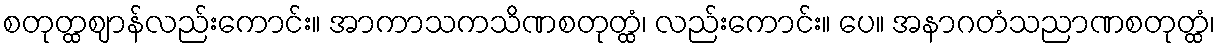
စတုတ္ထဈာန်လည်းကောင်း။ အာကာသကသိဏစတုတ္ထံ၊ လည်းကောင်း။ ပေ။ အနာဂတံသညာဏစတုတ္ထံ၊